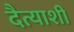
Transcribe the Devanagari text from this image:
दैत्याशी